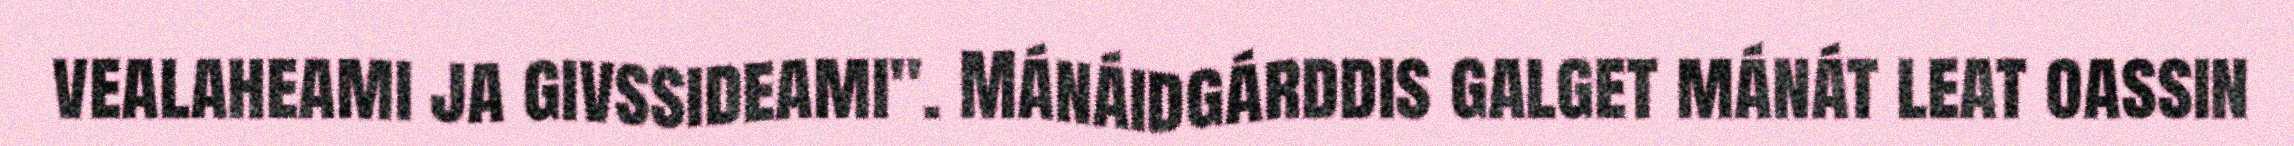
vealaheami ja givssideami". Mánáidgárddis galget mánát leat oassin